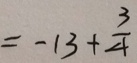
= - 1 3 + \frac { 3 } { 4 }